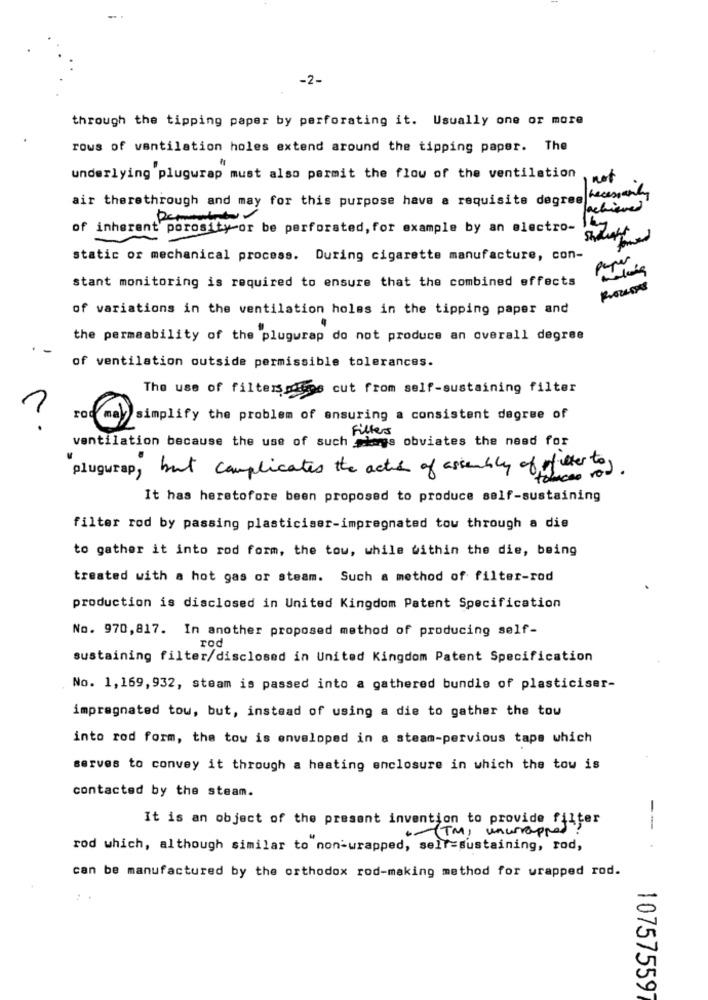
-2-
through the tipping paper by perforating it. Usually one or more
rows of ventilation holes extend around the tipping paper. The
underlying plugwrap must also permit the flow of the ventilation
not
air therethrough and may for this purpose have a requisite degree hecesonly
of inherent porosity or be perforated, for example by an electro- by
static or mechanical process. During cigarette manufacture, con-
paper
stant monitoring is required to ensure that the combined effects
Processes
of variations in the ventilation holes in the tipping paper and
the permeability of the plugwrap do not produce an overall degree
of ventilation outside permissible tolerances.
The use of filters miens cut from self-sustaining filter
rod may
simplify the problem of ensuring a consistent degree of
Filters
ventilation because the use of such ways obviates the need for
plugurap, but complicates the acts of assembly of futter to,
It has heretofore been proposed to produce self-sustaining
filter rod by passing plasticiser-impregnated tow through a dis
to gather it into rod form, the tou, while within the die, being
treated with a hot gas or steam. Such a method of filter-rod
production is disclosed in United Kingdom Patent Specification
No. 970, 817. In another proposed method of producing self-
rod
sustaining filter/disclosed in United Kingdom Patent Specification
No. 1,169, 932, steam is passed into a gathered bundle of plasticiser-
impregnated tow, but, instead of using a die to gather the tou
into rod form, the tow is enveloped in a steam-pervious tape which
serves to convey it through a heating enclosure in which the tow is
contacted by the steam.
It is an object of the present invention to provide filter
. - (TM) unwrapped
--
rod which, although similar to non-wrapped, self-sustaining, rod,
can be manufactured by the orthodox rod-making method for wrapped rod.
10757559